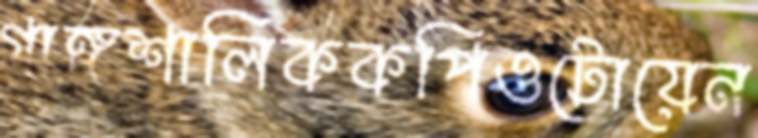
গাঙ্গশালিককপিওটোয়েন